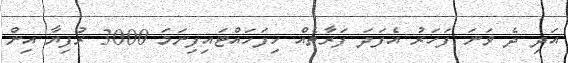
އަދި ދެ ވަނަ ފަހަރު އެފަދަ ފަރާތެއް ހިފަހައްޓައިފިނަމަ 3000 ރުފިޔާ އިން